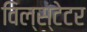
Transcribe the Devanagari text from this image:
विल्स्टेटर